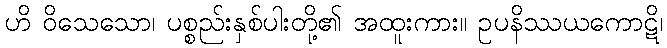
ဟိ ဝိသေသော၊ ပစ္စည်းနှစ်ပါးတို့၏ အထူးကား။ ဥပနိဿယကောဋိ၊